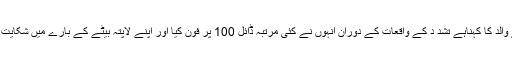
آس محمد کے والد کا کہناہے تشد د کے واقعات کے دوران انہوں نے کئی مرتبہ ڈائل 100 پر فون کیا اور اپنے لاپتہ بیٹے کے بارے میں شکایت درج کروائی۔